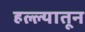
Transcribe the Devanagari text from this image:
हल्ल्यातून